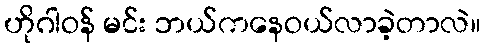
ဟိုဂါဝန် မင်း ဘယ်ကနေဝယ်လာခဲ့တာလဲ။